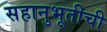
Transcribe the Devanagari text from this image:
सहानुभूतीची